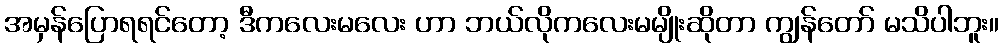
အမှန်ပြောရရင်တော့ ဒီကလေးမလေး ဟာ ဘယ်လိုကလေးမမျိုးဆိုတာ ကျွန်တော် မသိပါဘူး။